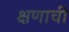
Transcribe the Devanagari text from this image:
क्षणाची